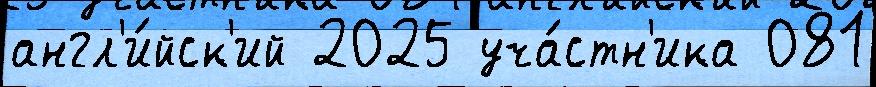
англ'и́йск'ий 2025 уча́стн'ика 081